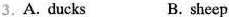
3.A. Ducks B. sheep